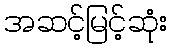
အဆင့်မြင့်ဆုံး